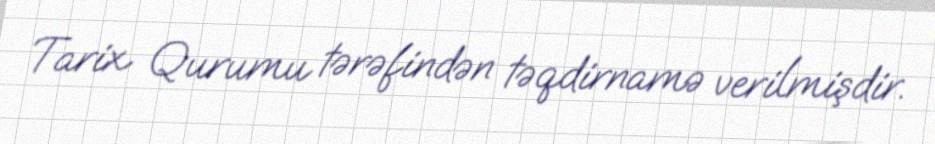
Tarix Qurumu tərəfindən təqdirnamə verilmişdir.